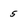
Character: 5